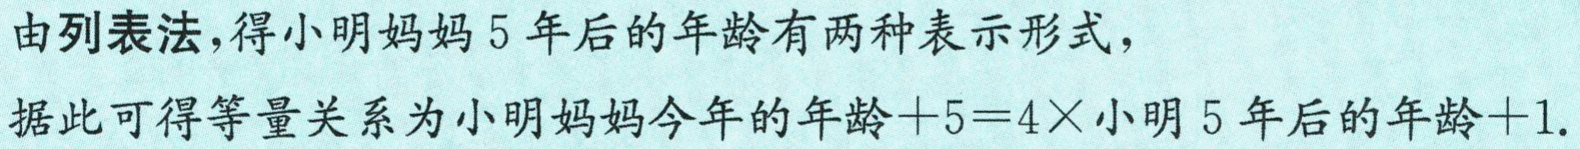
由列表法,得小明妈妈5年后的年龄有两种表示形式，

据此可得等量关系为小明妈妈今年的年龄\( + 5 = 4\times\)小明5年后的年龄\( + 1\).